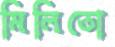
মিলিতো